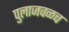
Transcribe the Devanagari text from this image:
पुलाजवळच